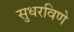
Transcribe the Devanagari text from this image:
सुधरविणे